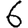
Digit: 6